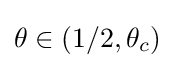
\theta \in (1/2,\theta _{c})